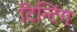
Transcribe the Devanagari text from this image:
टिन्टिंग